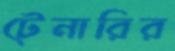
টেনারির